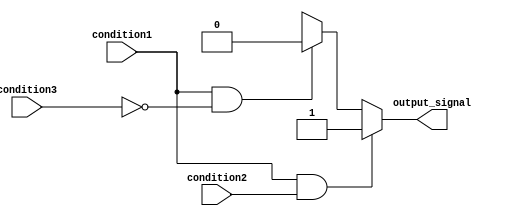
module conditional_assignment (
    input condition1,
    input condition2,
    input condition3,
    output reg output_signal
);

always @* begin
    if (condition1 && condition2) begin
        output_signal <= 1'b1;
    end else if (condition1 && !condition3) begin
        output_signal <= 1'b0;
    end else begin
        output_signal <= 1'bX; // Unspecified value
    end
end

endmodule